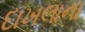
દાખલાના